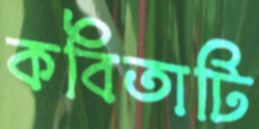
কবিতাটি